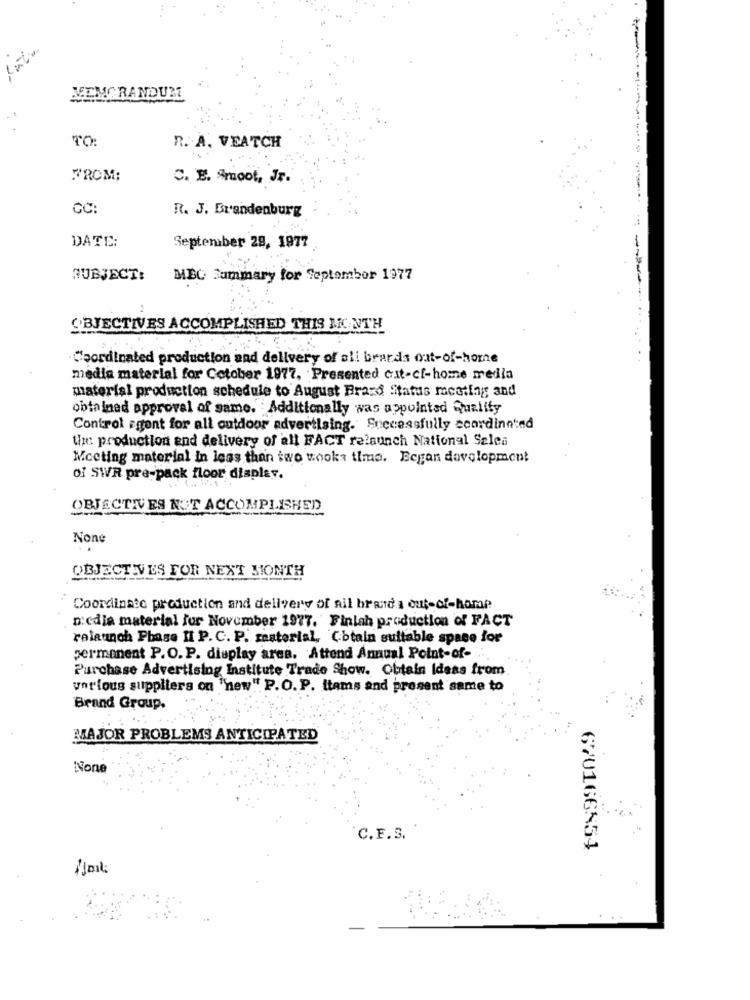
MEMORANDUM
TO:
R. A. VEATCH
FROM:
C. E. Smoot, Jr.
CC:
R. J. Brandenburg
DATE:
September 28, 1977
SUBJECT:
MBC Summary for September 1977
OBJECTIVES ACCOMPLISHED THIS MONTH
Coordinated production and delivery of all brands out-of-home
media material for Cotober 1977, Presented cat-cf-home media
material production schedule to August Brasd Status mcating; and
obtained approval of same. Additionally was appointed Quality
Control agent for all outdoor advertising. Successfully coordinated
Un: production and delivery of all FACT relaunch National Sales
Meeting material in less than two wooka time. Began development
of SWR pre-pack floor display.
OBJECTIVES NOT ACCOMPLISHED
OBJECTIVES FOR NEXT MONTH
Coordinate production and delivery of ail brand a out-of-home
Diedia material for November 1977. Finlah production of FACT
relaunch Phase II P. C. P. zesterial, C.btain suitable space for
permanent P.O. P. display ares. Attend Annual Point-of-
Purchase Advertising Institute Trade Show. Obtain Ideas from
various suppliers on "new" P.O. P. Items and present same to
Brand Group.
MAJOR PROBLEMS ANTICIPATED
C.F.S.
670166354
1ml: